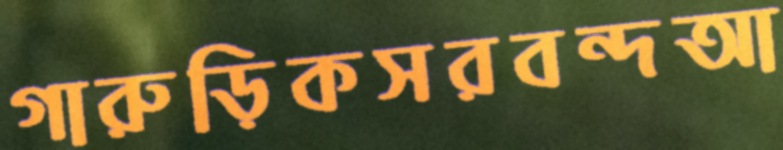
গারুড়িকসরবন্দআ